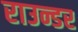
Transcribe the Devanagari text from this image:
राउन्डर